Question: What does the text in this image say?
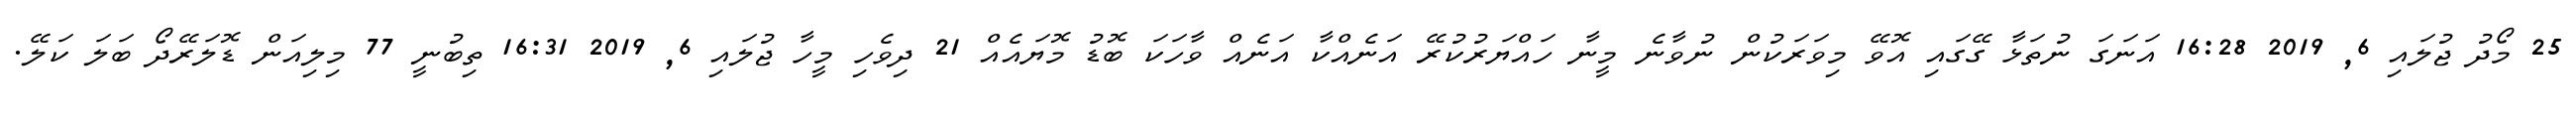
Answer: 25 މޯދު ޖުލައި 6, 2019 16:28 އަނަގަ ނުތަޅާ ގޭގައި އޮވޭ މިވަރަކުން ނުވާނެ މީނާ ހައްޔަރުކުރޭ އަނެއްކާ އަނެއް ވާހަކަ ބޮޑު މޮޔައެއް 21 ދިވެހި މީހާ ޖުލައި 6, 2019 16:31 ތިބުނީ 77 މިލިއަން ޑޮލަރޭދޯ ބަލަ ކަލޭ.